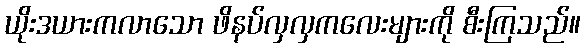
ယိုးဒယားကလာသော ဖိနပ်လှလှကလေးများကို စီးကြသည်။